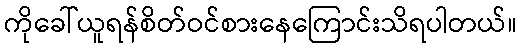
ကိုခေါ်ယူရန်စိတ်ဝင်စားနေကြောင်းသိရပါတယ်။